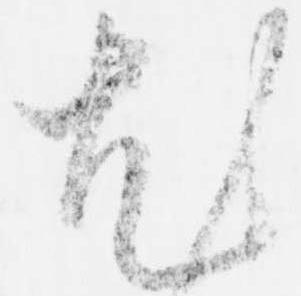
尤